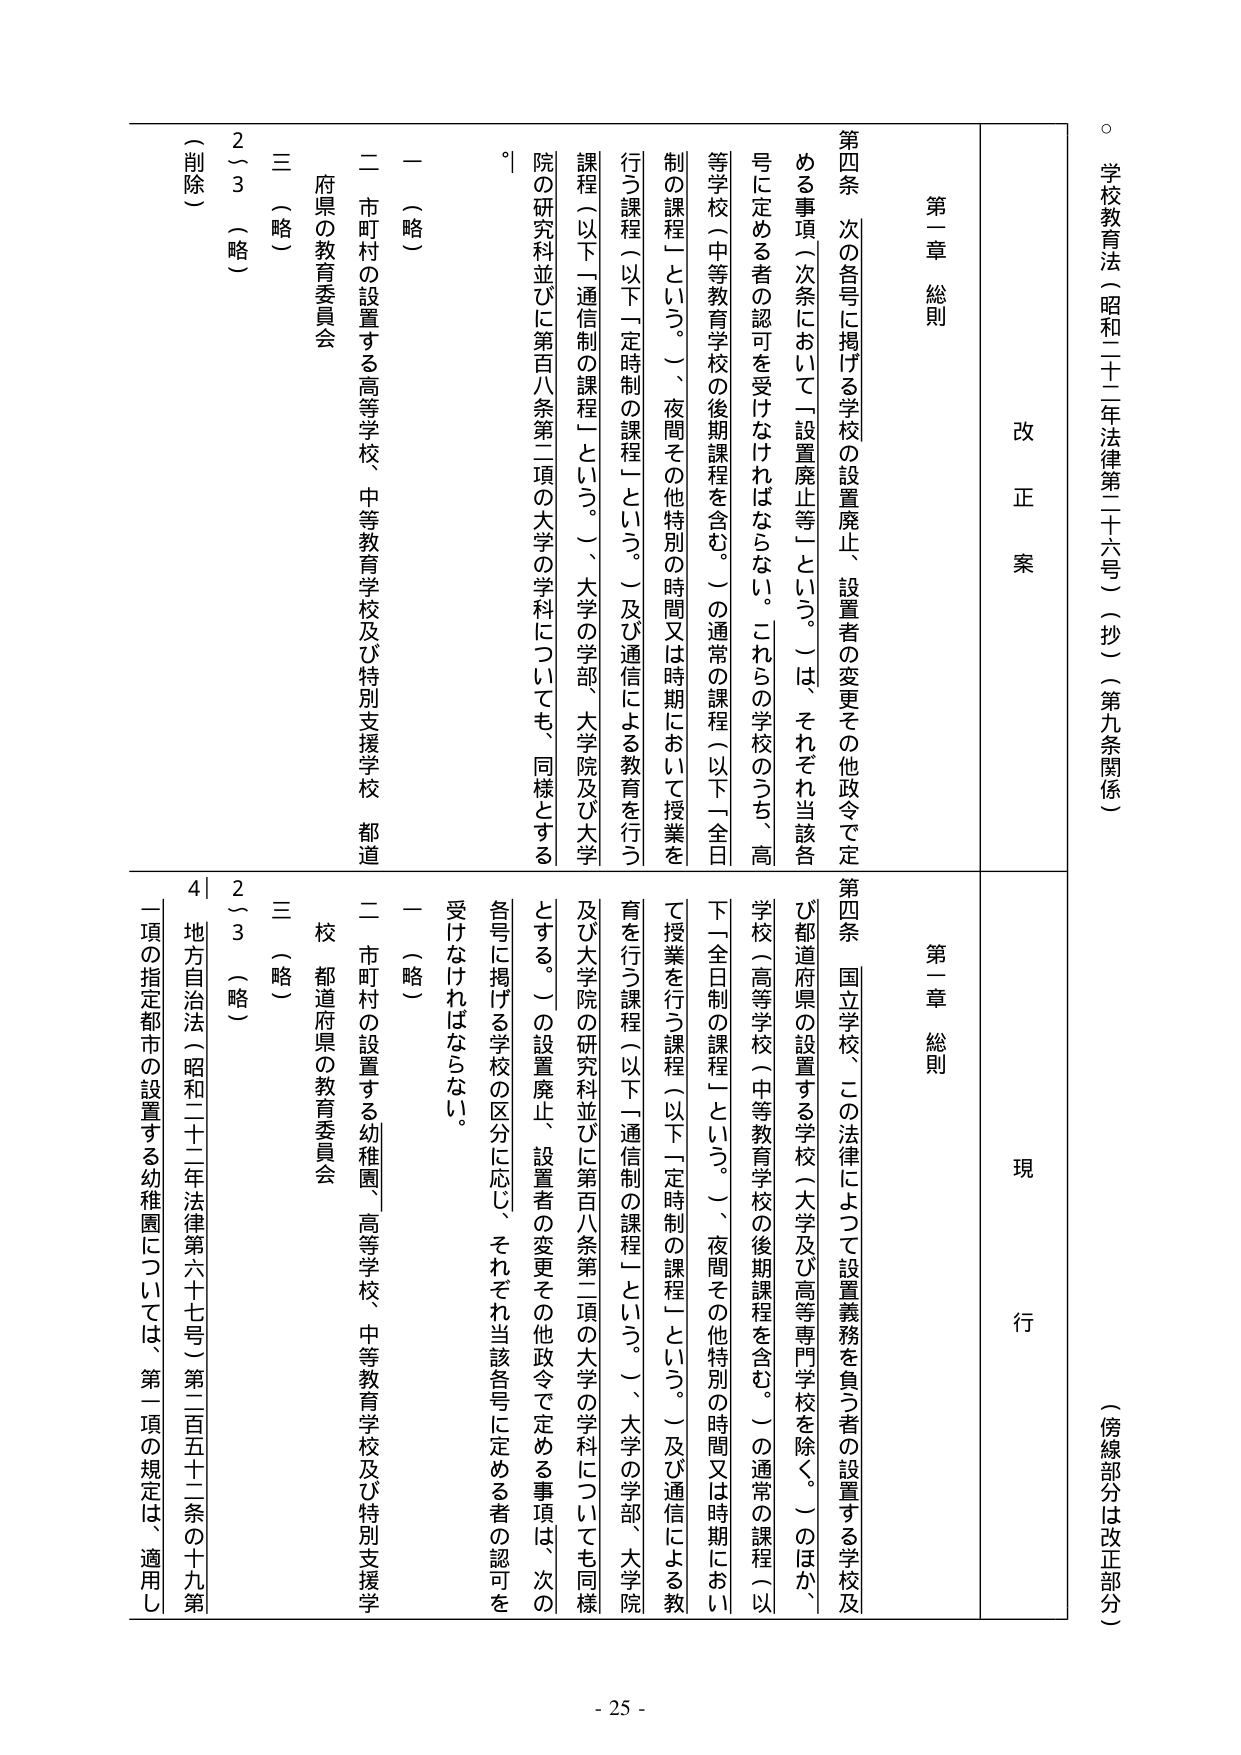
学校教育法（昭和二十二年法律第二十六号）（抄）（第九条関係）

（傍線部分は改正部分）

改正案

第一章 総則

第四条 次の各号に掲げる学校の設置廃止、設置者の変更その他政令で定める事項（次条において「設置廃止等」という。）は、それぞれ当該各号に定める者の認可を受けなければならない。これらの学校のうち、高等学校（中等教育学校の後期課程を含む。）の通常の課程（以下「全日制の課程」という。）、夜間その他特別の時間又は時期において授業を行う課程（以下「定時制の課程」という。）及び通信による教育を行う課程（以下「通信制の課程」という。）、大学の学部、大学院及び大学院の研究科並びに第百八条第二項の大学の学科についても、同様とする。

一 （略）

二 市町村の設置する高等学校、中等教育学校及び特別支援学校 都道府県の教育委員会

三 （略）

2（3）（略）

（削除）

現行

第一章 総則

第四条 国立学校、この法律によって設置義務を負う者の設置する学校及び都道府県の設置する学校（大学及び高等専門学校を除く。）のほか、学校（高等学校（中等教育学校の後期課程を含む。）の通常の課程（以下「全日制の課程」という。）、夜間その他特別の時間又は時期において授業を行う課程（以下「定時制の課程」という。）及び通信による教育を行う課程（以下「通信制の課程」という。）、大学の学部、大学院及び大学院の研究科並びに第百八条第二項の大学の学科についても同様とする。）の設置廃止、設置者の変更その他政令で定める事項は、次の各号に掲げる学校の区分に応じ、それぞれ当該各号に定める者の認可を受けなければならない。

一 （略）

二 市町村の設置する幼稚園、高等学校、中等教育学校及び特別支援学校 都道府県の教育委員会

三 （略）

2（3）（略）

4 地方自治法（昭和二十二年法律第六十七号）第二百五十二条の十九第一項の指定都市の設置する幼稚園については、第一項の規定は、適用し

- 25 -